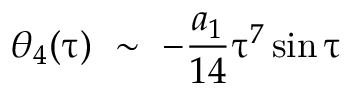
\theta _ { 4 } ( \uptau ) \ \sim \ - \frac { a _ { 1 } } { 1 4 } \uptau ^ { 7 } \sin \uptau